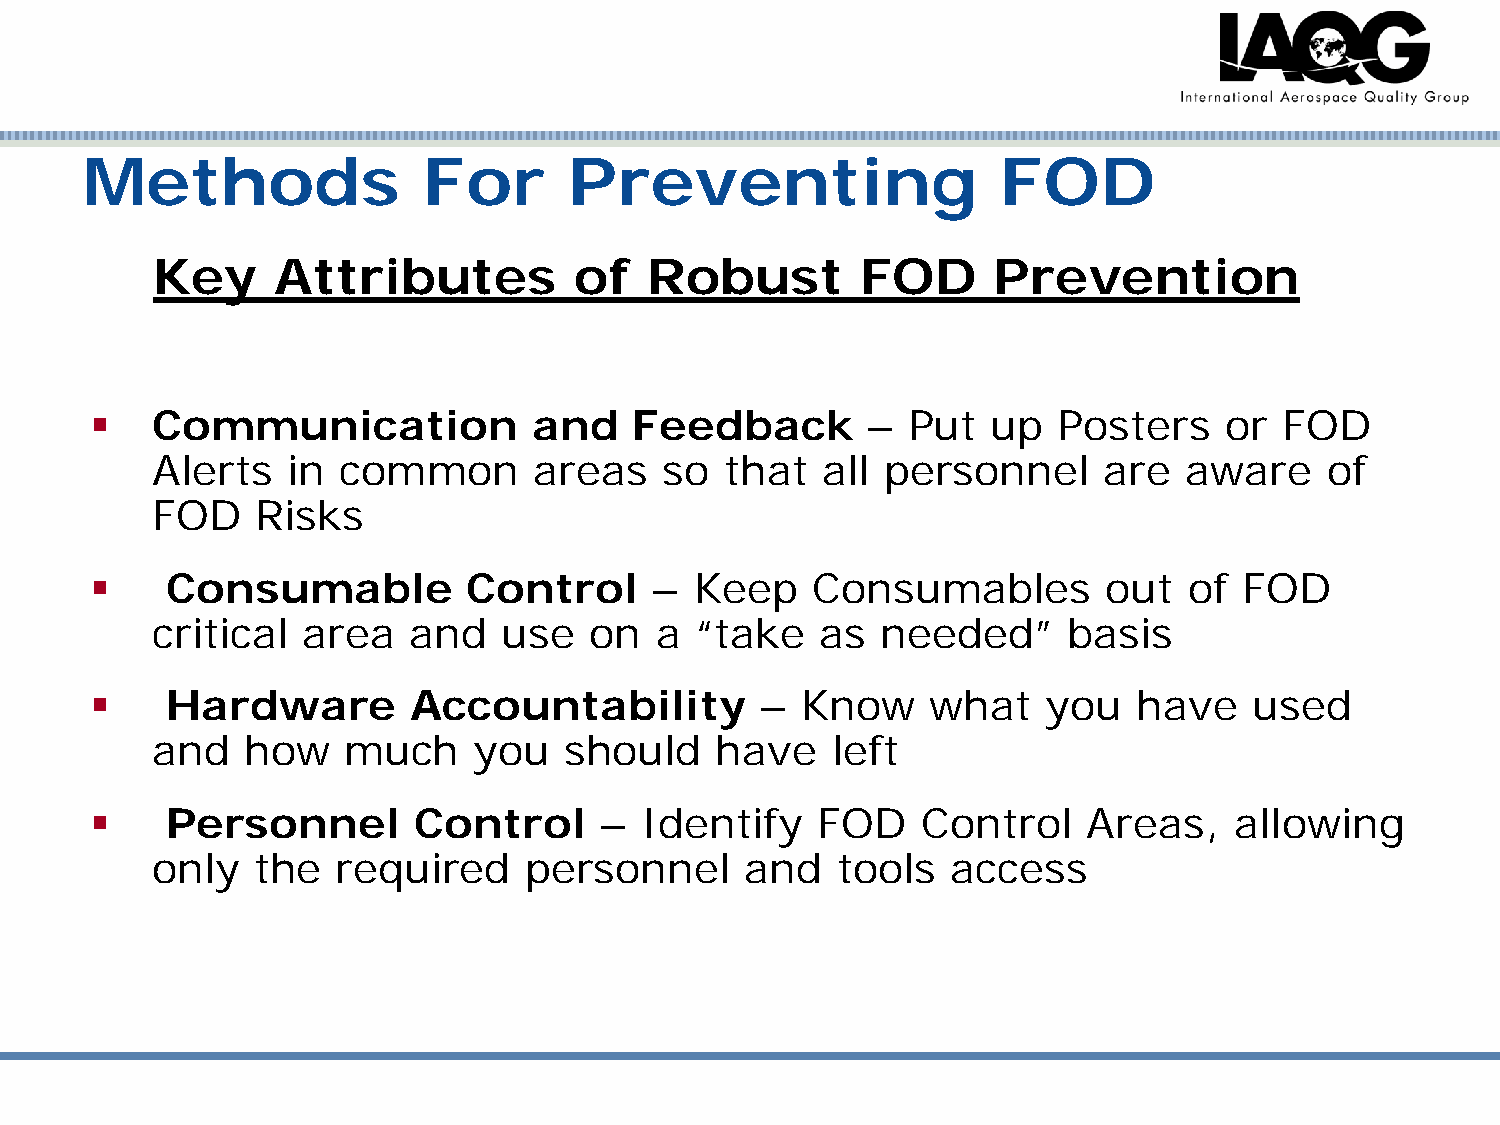
Methods                For       Preventing                  FOD
 Key     Attributes          of   Robust        FOD      Prevention
    Communication            and    Feedback       –  Put   up  Posters    or  FOD
 Alerts   in common       areas    so  that  all  personnel     are   aware    of
 FOD    Risks
     Consumable          Control     –  Keep    Consumables        out   of FOD
 critical  area   and   use   on  a  “take   as  needed”      basis
     Hardware        Accountability         –  Know     what   you   have    used
 and   how    much    you   should    have    left
     Personnel       Control      – Identify    FOD    Control    Areas,    allowing
 only   the  required     personnel     and   tools   access